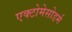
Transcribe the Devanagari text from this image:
एक्टोमेसोडर्म